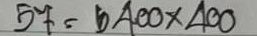
57 = 400x400